Papers set at the Examination for Leaving Certificates, 1892
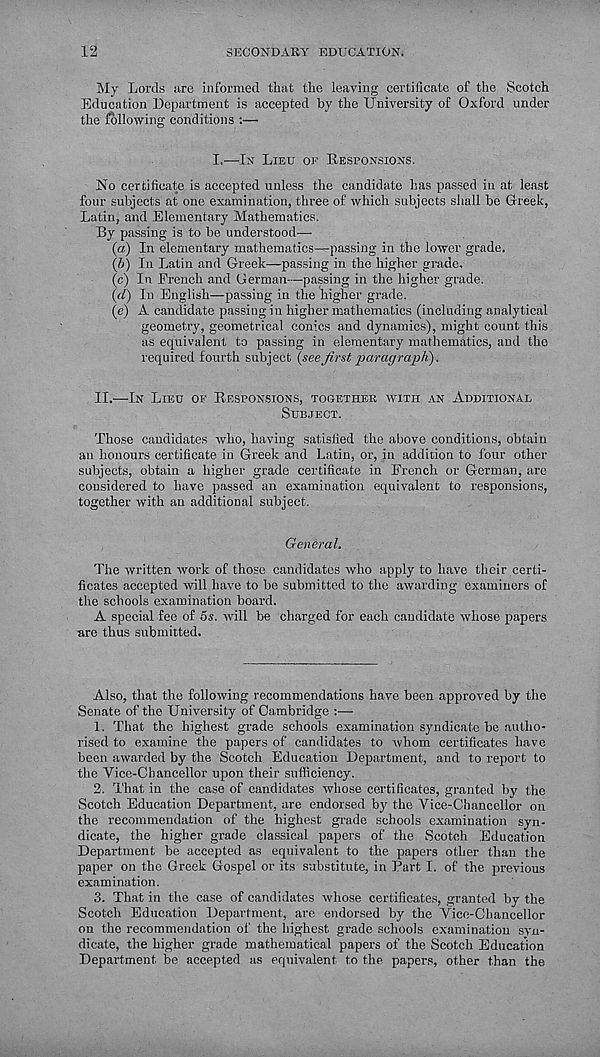
12
SECONDARY EDUCATION.
My Lords are informed that the leaving certificate of the Scotch
Education Department is accepted by the University of Oxford under
the following conditions :—
I.—IN LIEU OE RESPONSIONS.
No certificate is accepted unless the candidate has passed in at least
four subjects at one examination, three of which subjects shall be Greek,
Latin, and Elementary Mathematics.
By passing is to be understood-—-
(a) In elementary mathematics—passing in the lower grade.
(b) In Latin and Greek—passing in the higher grade.
(c) In French and German—passing in the higher grade.
(d) In English—passing in the higher grade.
(e) A candidate passing in higher mathematics (including analytical
geometry, geometrical conics and dynamics), might count this
as equivalent to passing in elementary mathematics, and the
required fourth subject {seefirst paragraph).
II.—IN LIEU OF RESPONSIONS, TOGETHER WITH AN ADDITIONAL
SUBJECT.
Those candidates who, having satisfied the above conditions, obtain
an honours certificate in Greek and Latin, or, in addition to four other
subjects, obtain a higher grade certificate in French or German, are
considered to have passed an examination equivalent to responsions,
together with an additional subject.
General.
The written work of those candidates who apply to have their certi-
ficates accepted will have to be submitted to the awarding examiners of
the schools examination board.
A special fee of 5s. will be charged for each candidate whose papers
are thus submitted.
Also, that the following recommendations have been approved by the
Senate of the University of Cambridge :—
1. That the highest grade schools examination syndicate be autho-
rised to examine the papers of candidates to whom certificates have
been awarded by the Scotch Education Department, and to report to
the Vice-Chancellor upon their sufficiency.
2. That in the case of candidates whose certificates, granted by the
Scotch Education Department, are endorsed by the Vice-Chancellor on
the recommendation of the highest grade schools examination syn-
dicate, the higher grade classical papers of the Scotch Education
Department be accepted as equivalent to the papers other than the
paper on the Greek Gospel or its substitute, in Part I. of the previous
examination.
3. That in the case of candidates whose certificates, granted by the
Scotch Education Department, are endorsed by the Vice-Chancellor
on the recommendation of the highest grade schools examination syn-
dicate, the higher grade mathematical papers of the Scotch Education
Department be accepted as equivalent to the papers, other than the